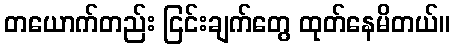
တယောက်တည်း ငြင်းချက်တွေ ထုတ်နေမိတယ်။